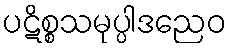
ပဋိစ္စသမုပ္ပါဒညေဝ